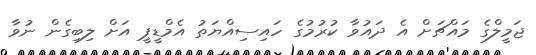
ޖަމީލްގެ މައްޗަށް އެ ދައުވާ ކުރުމުގެ ހައިސިއްޔަތު އެމްޑީޕީ އަށް ލިބިގެން ނުވާ